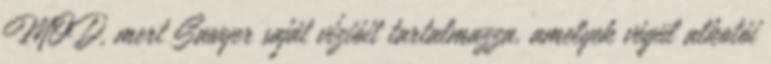
MOD, mert Sawyer saját vízióit tartalmazza, amelyek végül alkotói